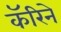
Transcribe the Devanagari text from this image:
कॅरिने